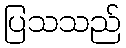
ပြသသည်